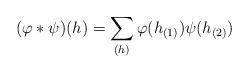
LaTeX: \begin{align*} (\varphi\ast \psi)(h)=\sum_{(h)}\varphi(h_{(1)})\psi(h_{(2)})\end{align*}